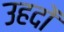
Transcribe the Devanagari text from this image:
उहदों